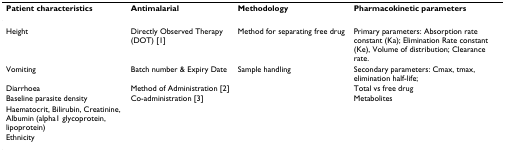
| Patient characteristics | Antimalarial | Methodology | Pharmacokinetic parameters |
 | --- | --- | --- | --- |
 | Height | Directly Observed Therapy (DOT) [1] | Method for separating free drug | Primary parameters: Absorption rate constant (Ka); Elimination Rate constant (Ke), Volume of distribution; Clearance rate. |
 | Vomiting | Batch number & Expiry Date | Sample handling | Secondary parameters: Cmax, tmax, elimination half-life; |
 | Diarrhoea | Method of Administration [2] |  | Total vs free drug |
 | Baseline parasite density | Co-administration [3] |  | Metabolites |
 | Haematocrit, Bilirubin, Creatinine, Albumin (alpha1 glycoprotein, lipoprotein) |  |  |  |
 | Ethnicity |  |  |  |